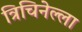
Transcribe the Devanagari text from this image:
त्रिचिनेल्ला